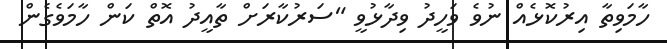
ހާމަވިތާ އިރުކޮޅެއް ނުވެ ވަހީދު ވިދާޅުވީ "ސަރުކާރަށް ތާއީދު އޮތް ކަން ހާމަވެގެން